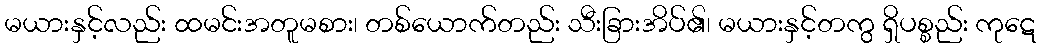
မယားနှင့်လည်း ထမင်းအတူမစား၊ တစ်ယောက်တည်း သီးခြားအိပ်၏၊ မယားနှင့်တကွ ရှိပစ္စည်း ကုဋေ